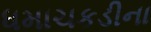
ધમાચકડીના